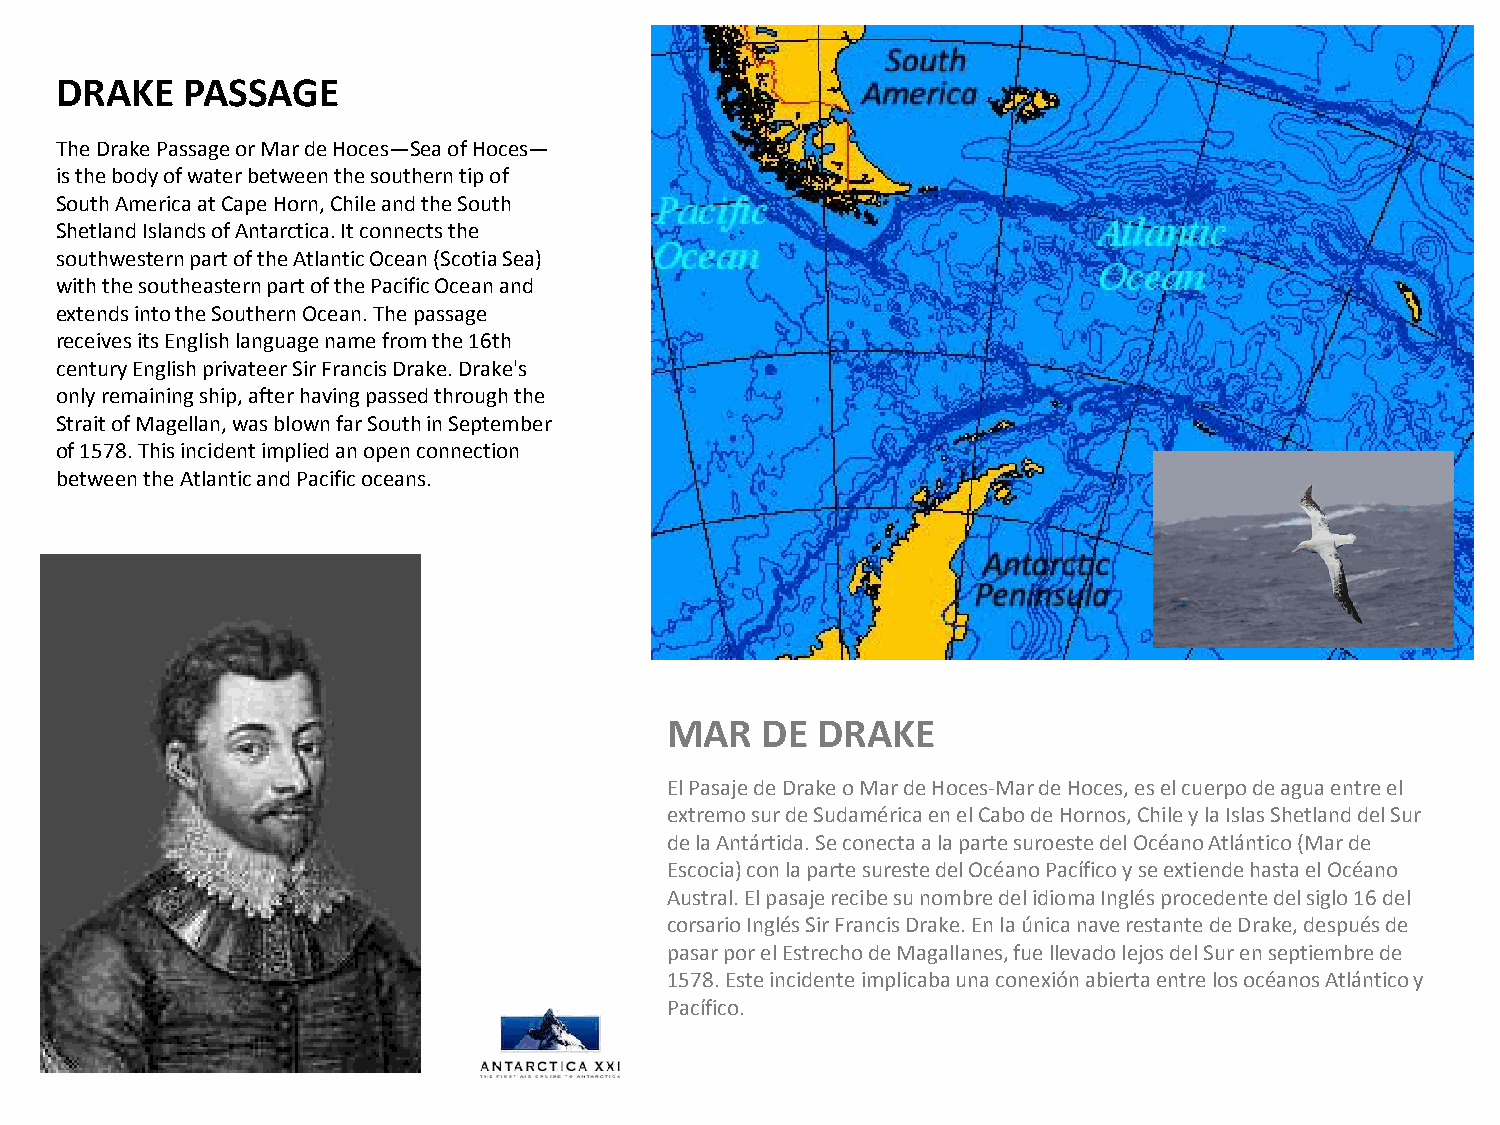
DRAKE   PASSAGE
 The Drake Passage or Mar de Hoces—Sea of Hoces—
 is the body of water between the southern tip of
 South America at Cape Horn, Chile and the South
 Shetland Islands of Antarctica. It connects the
 southwestern part of the Atlantic Ocean (Scotia Sea)
 with the southeastern part of the Pacific Ocean and
 extends into the Southern Ocean. The passage
 receives its English language name from the 16th
 century English privateer Sir Francis Drake. Drake's
 only remaining ship, after having passed through the
 Strait of Magellan, was blown far South in September
 of 1578. This incident implied an open connection
 between the Atlantic and Pacific oceans.
 MAR   DE  DRAKE
 El Pasaje de Drake o Mar de Hoces-Mar de Hoces, es el cuerpo de agua entre el
 extremo sur de Sudamérica en el Cabo de Hornos, Chile y la Islas Shetland del Sur
 de la Antártida. Se conecta a la parte suroeste del Océano Atlántico (Mar de
 Escocia) con la parte sureste del Océano Pacífico y se extiende hasta el Océano
 Austral. El pasaje recibe su nombre del idioma Inglés procedente del siglo 16 del
 corsario Inglés Sir Francis Drake. En la única nave restante de Drake, después de
 pasar por el Estrecho de Magallanes, fue llevado lejos del Sur en septiembre de
 1578. Este incidente implicaba una conexión abierta entre los océanos Atlántico y
 Pacífico.